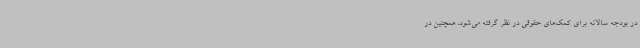
در بودجه سالانه برای کمک‌های حقوقی در نظر گرفته می‌شود، همچنین در